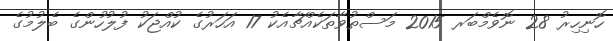
ހޮނިހިރު 28 ނޮވެމްބަރ 2015 މަސްތުވާތަކެއްޗާއެކު 17 އަހަރުގެ ކުއްޖަކު ފުލުހުންގެ ބެލުމުގެ